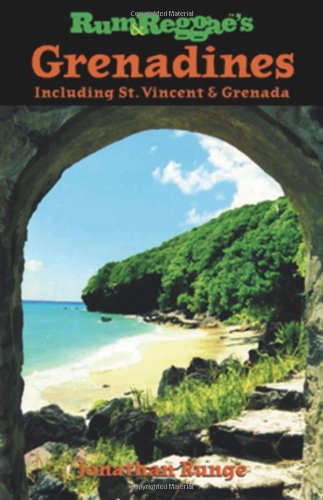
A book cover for Rum & Reggae's Grenadines: Including St. Vincent & Grenada (Rum & Reggae series); Jonathan Runge; Travel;